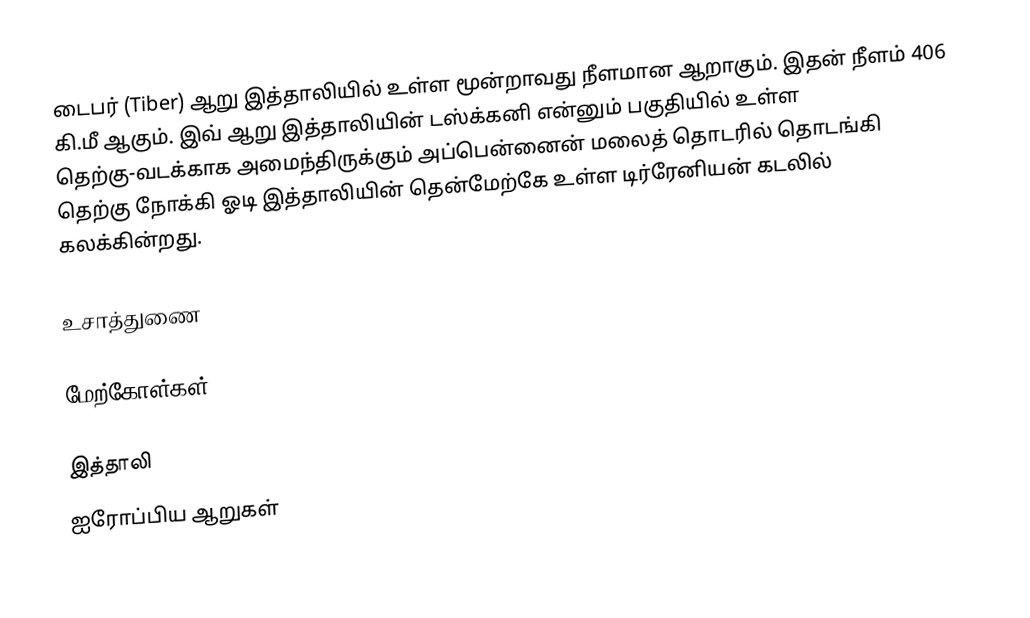
டைபர் (Tiber) ஆறு இத்தாலியில் உள்ள மூன்றாவது நீளமான ஆறாகும். இதன் நீளம் 406 கி.மீ ஆகும். இவ் ஆறு இத்தாலியின் டஸ்க்கனி என்னும் பகுதியில் உள்ள தெற்கு-வடக்காக அமைந்திருக்கும் அப்பென்னைன் மலைத் தொடரில் தொடங்கி தெற்கு நோக்கி ஓடி இத்தாலியின் தென்மேற்கே உள்ள டிர்ரேனியன் கடலில் கலக்கின்றது.

உசாத்துணை

மேற்கோள்கள்

இத்தாலி
ஐரோப்பிய ஆறுகள்